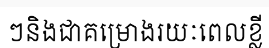
ៗនិងជាគម្រោងរយៈពេលខ្លី